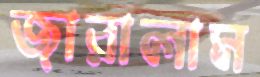
জারালাম